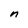
Character: n